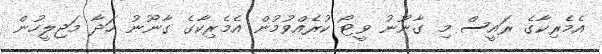
އެމެރިކާގެ ރައީސް މި ގާނޫނު ވީޓޯ ކުރެއްވުމުން އެމެރިކާގެ ގާނޫނު ހަދާ މަޖިލީހުން